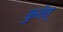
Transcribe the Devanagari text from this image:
कुवेत्